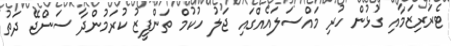
ޓެރަރިޒަމާއި ގުޅުން ހުރި މައްސަލައެއްގައި ޖަލު ހުކުމް ތަންފީޒު ކުރަމުންދާ ސަންޖޭ ދަތު